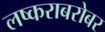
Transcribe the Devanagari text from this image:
लष्कराबरोबर